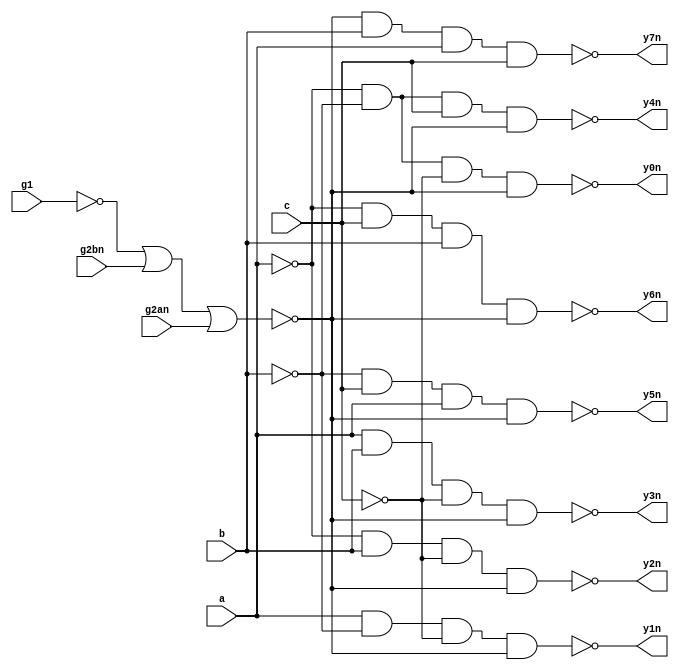


module SN74LS138 (
	a,
	b,
	c,
	g1,
	g2an,
	g2bn,
	y0n,
	y1n,
	y2n,
	y3n,
	y4n,
	y5n,
	y6n,
	y7n
);

input wire	a;
input wire	b;
input wire	c;
input wire	g1;
input wire	g2an;
input wire	g2bn;
output wire	y0n;
output wire	y1n;
output wire	y2n;
output wire	y3n;
output wire	y4n;
output wire	y5n;
output wire	y6n;
output wire	y7n;

wire	en;
assign	en = ~(~g1 | g2bn | g2an);

assign	y0n = ~(~a & ~b & ~c & en);
assign	y1n = ~(a & ~b & ~c & en);
assign	y2n = ~(~a & b & ~c & en);
assign	y3n = ~(a & b & ~c & en);
assign	y4n = ~(~a & ~b & c & en);
assign	y5n = ~(~b & c & a & en);
assign	y6n = ~(~a & c & b & en);
assign	y7n = ~(en & b & a & c);

endmodule